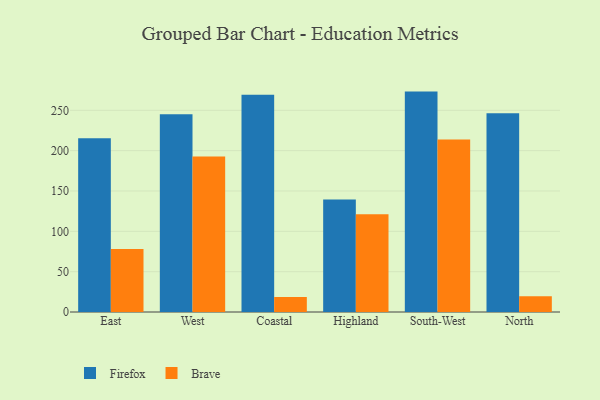
{"axis": {"x": "Region", "y": "Gross Profit (USD K)"}, "legend": ["Brave", "Firefox"], "data": [{"x": "East", "y": 215.3, "type": "Firefox"}, {"x": "East", "y": 78.0, "type": "Brave"}, {"x": "West", "y": 245.2, "type": "Firefox"}, {"x": "West", "y": 192.6, "type": "Brave"}, {"x": "Coastal", "y": 269.3, "type": "Firefox"}, {"x": "Coastal", "y": 18.5, "type": "Brave"}, {"x": "Highland", "y": 139.3, "type": "Firefox"}, {"x": "Highland", "y": 121.1, "type": "Brave"}, {"x": "South-West", "y": 273.2, "type": "Firefox"}, {"x": "South-West", "y": 213.7, "type": "Brave"}, {"x": "North", "y": 246.3, "type": "Firefox"}, {"x": "North", "y": 19.4, "type": "Brave"}]}